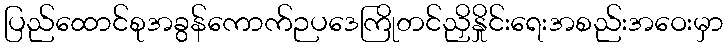
ပြည်ထောင်စုအခွန်ကောက်ဉပဒေကြိုတင်ညှိနှိုင်းရေးအစည်းအဝေးမှာ